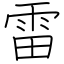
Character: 雷